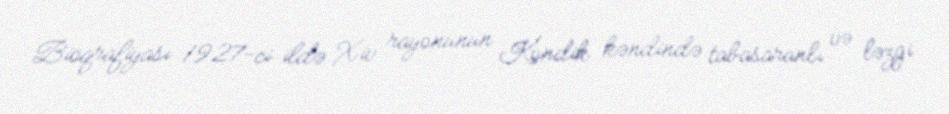
Bioqrafiyası 1927-ci ildə Xiv rayonunun Kondik kəndində tabasaranlı və ləzgi